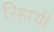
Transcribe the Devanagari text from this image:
रिहायी